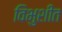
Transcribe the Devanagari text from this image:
विभुशीत